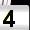
Digit: 4